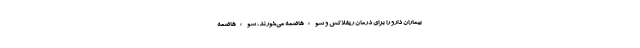
بیماران دارو را برای درمان ریفلاکس و سوءهاضمه می‌خورند، سوءهاضمه